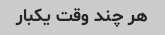
هر چند وقت یکبار